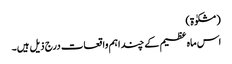
(مشکوٰۃ)
اس ماہ عظیم کے چند اہم واقعات درج ذیل ہیں۔